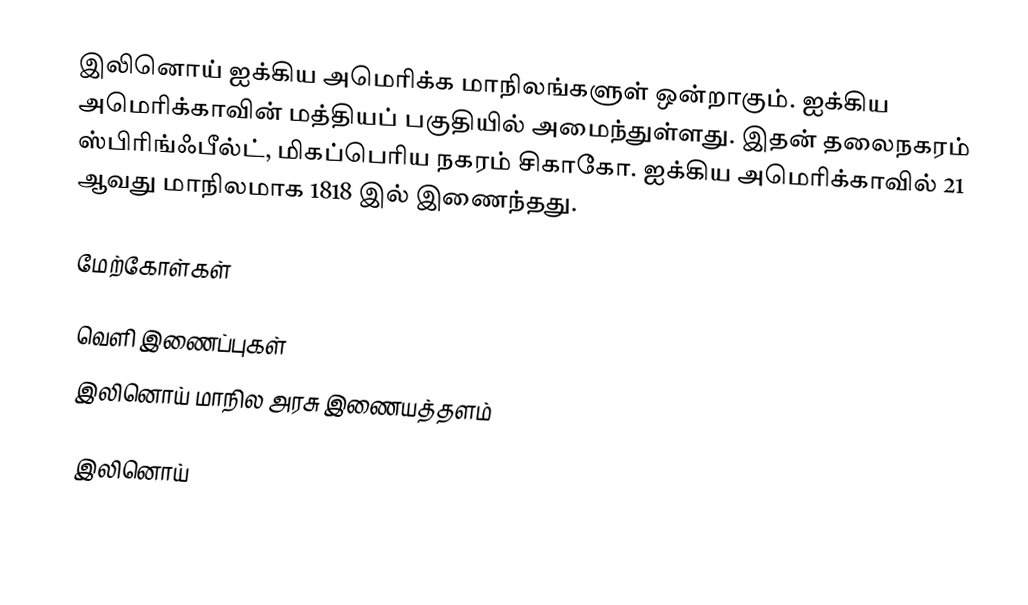
இலினொய் ஐக்கிய அமெரிக்க மாநிலங்களுள் ஒன்றாகும். ஐக்கிய அமெரிக்காவின் மத்தியப் பகுதியில் அமைந்துள்ளது. இதன் தலைநகரம் ஸ்பிரிங்ஃபீல்ட், மிகப்பெரிய நகரம் சிகாகோ. ஐக்கிய அமெரிக்காவில் 21 ஆவது மாநிலமாக 1818 இல் இணைந்தது.

மேற்கோள்கள்

வெளி இணைப்புகள்
 இலினொய் மாநில அரசு இணையத்தளம்

இலினொய்